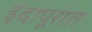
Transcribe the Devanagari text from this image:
इंदापूरात